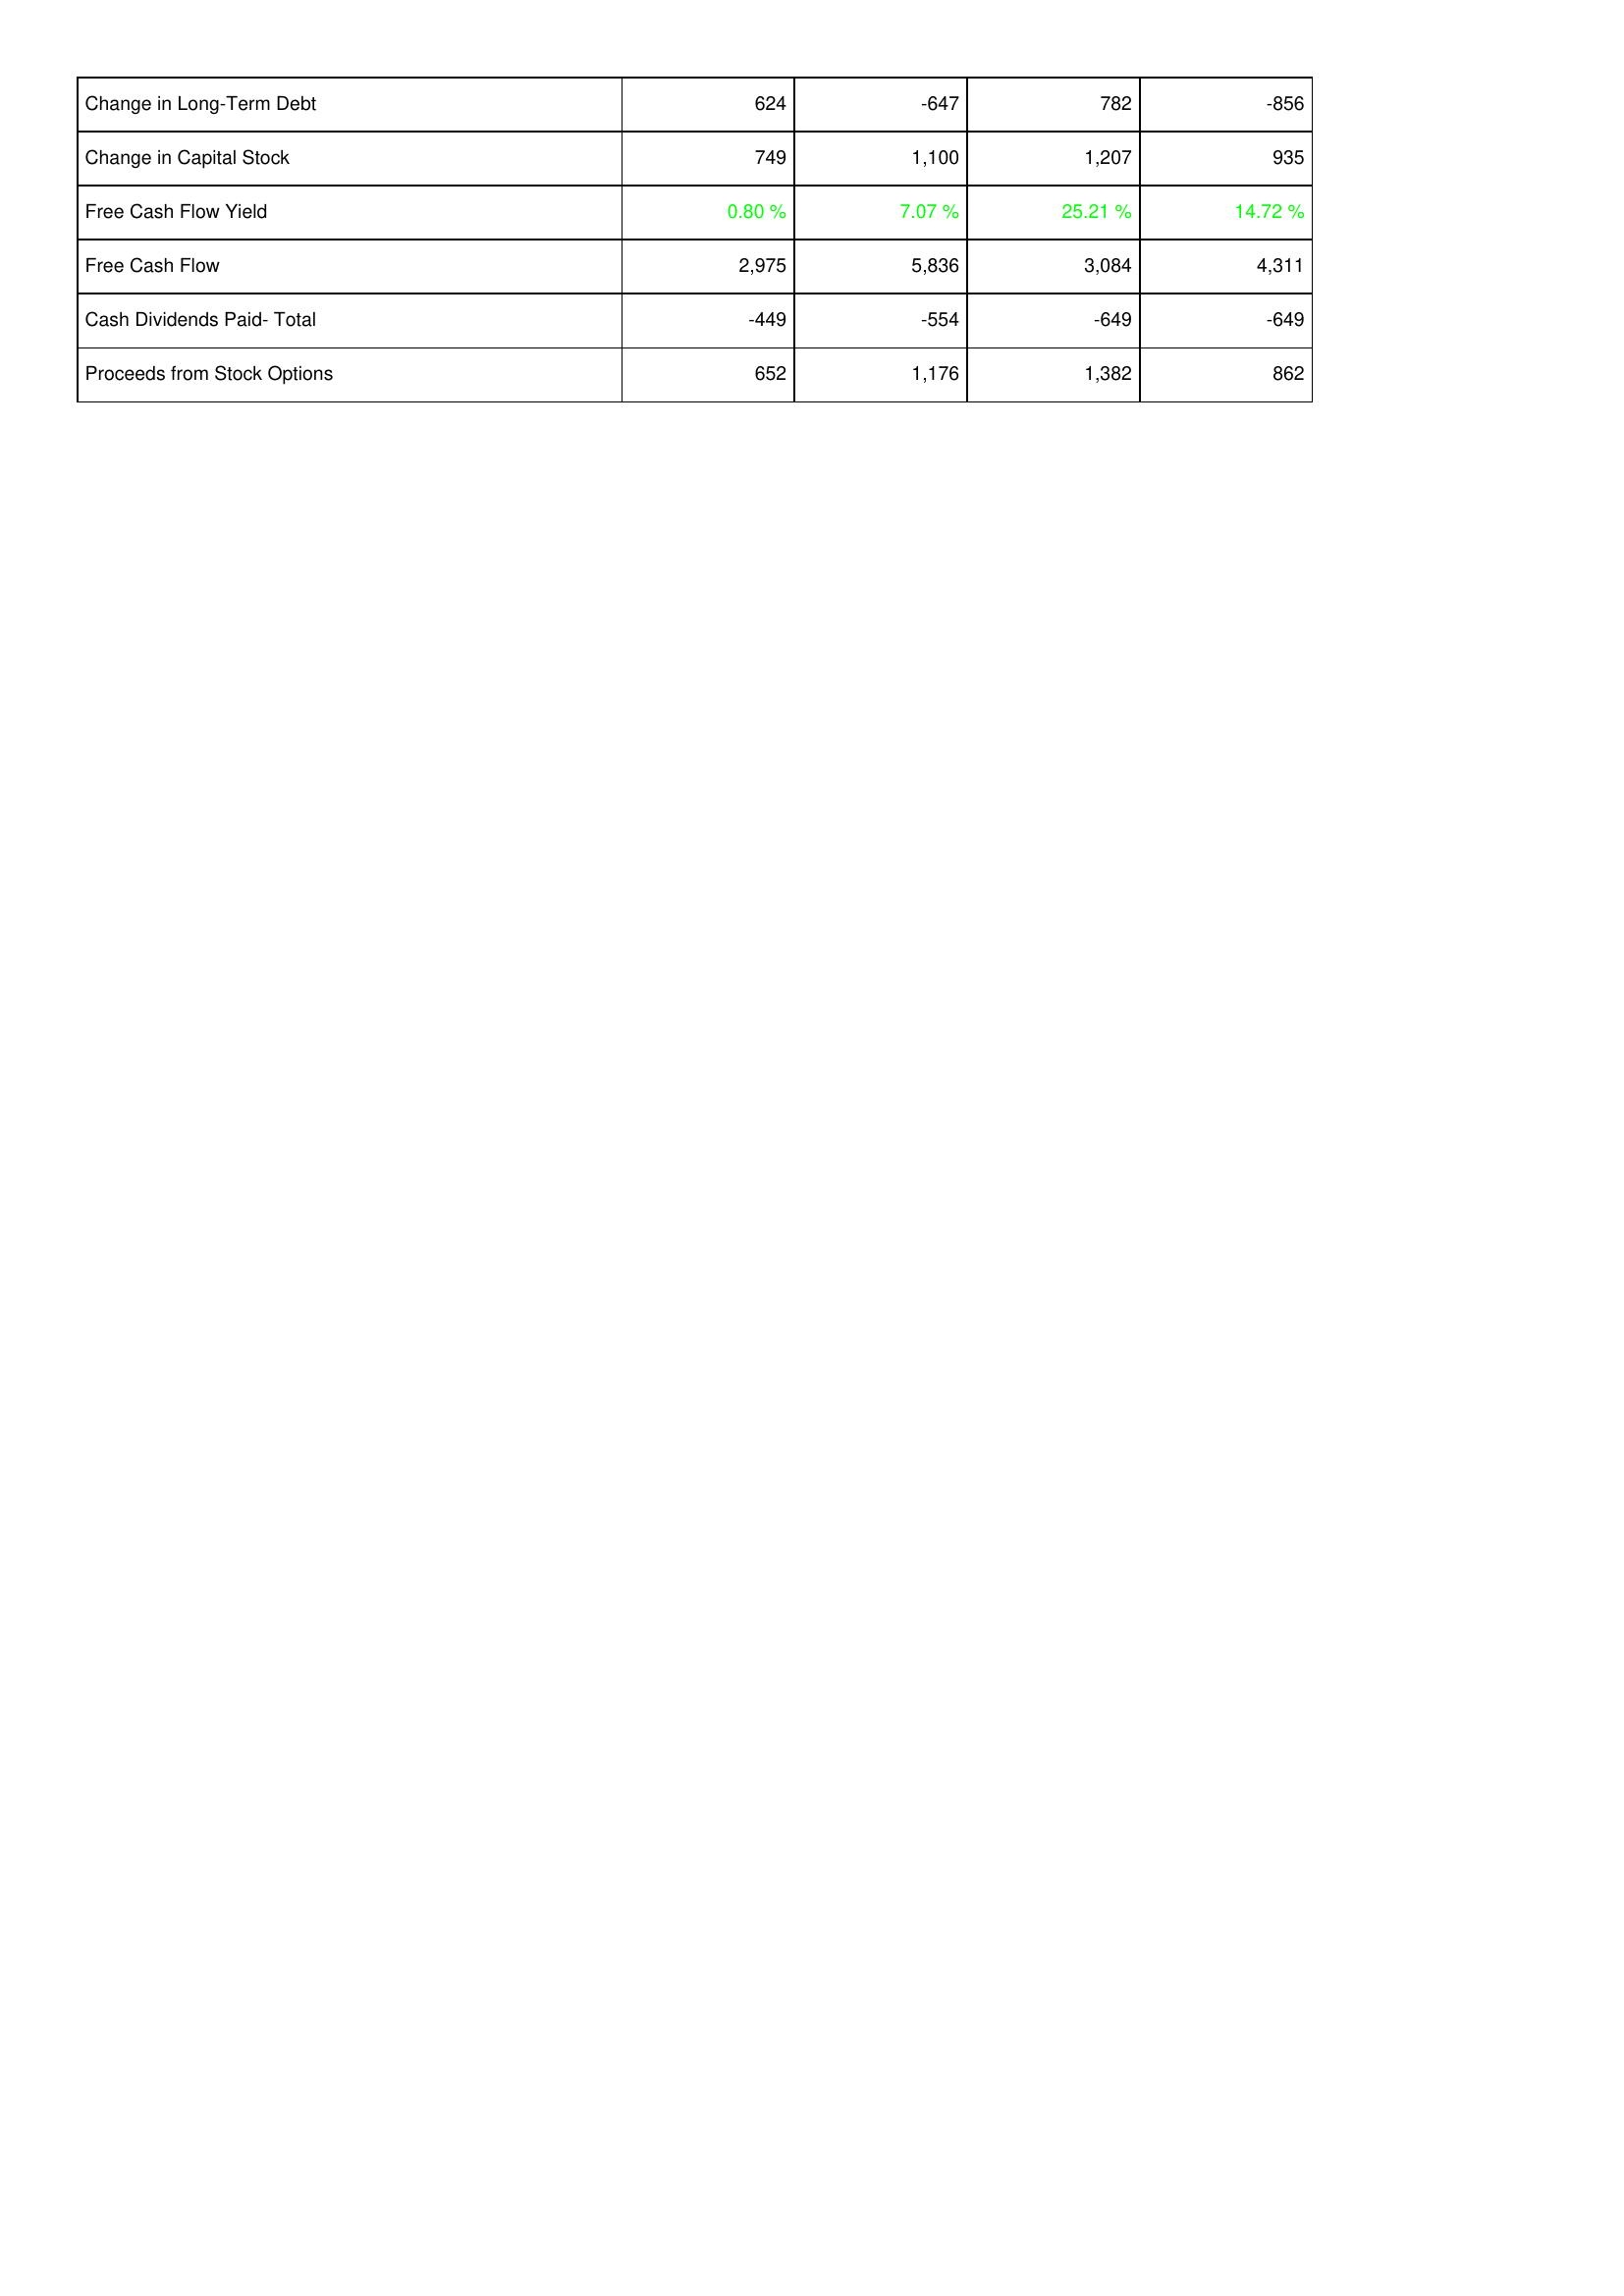
2011: Financing Activities: Change in Long-Term Debt: 624
Change in Capital Stock: 749
Free Cash Flow Yield: 0.80 %
Free Cash Flow: 2,975
Cash Dividends Paid- Total: -449
Proceeds from Stock Options: 652
2012: Financing Activities: Change in Long-Term Debt: -647
Change in Capital Stock: 1,100
Free Cash Flow Yield: 7.07 %
Free Cash Flow: 5,836
Cash Dividends Paid- Total: -554
Proceeds from Stock Options: 1,176
2013: Financing Activities: Change in Long-Term Debt: 782
Change in Capital Stock: 1,207
Free Cash Flow Yield: 25.21 %
Free Cash Flow: 3,084
Cash Dividends Paid- Total: -649
Proceeds from Stock Options: 1,382
2014: Financing Activities: Change in Long-Term Debt: -856
Change in Capital Stock: 935
Free Cash Flow Yield: 14.72 %
Free Cash Flow: 4,311
Cash Dividends Paid- Total: -649
Proceeds from Stock Options: 862